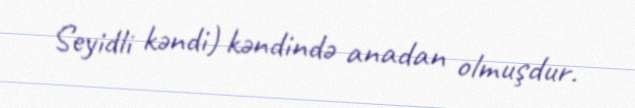
Seyidli kəndi) kəndində anadan olmuşdur.